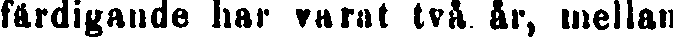
färdigande har varat två år, mellan